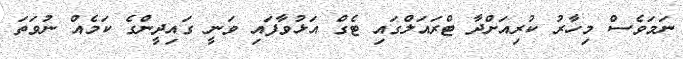
ނަމަވެސް މިހާރު ކުރިއަށްދާ ޓްރައަލްގައި ޓެގް އަޅުވާފައި ވަނީ ގައިދީންގެ ކަމެއް ނުވަތަ